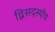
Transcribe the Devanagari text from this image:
द्विसदस्यीय